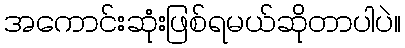
အကောင်းဆုံးဖြစ်ရမယ်ဆိုတာပါပဲ။